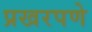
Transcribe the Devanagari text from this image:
प्रखरपणे